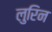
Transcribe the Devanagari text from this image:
लुरिन